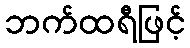
ဘက်ထရီဖြင့်